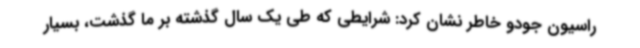
راسیون جودو خاطر نشان کرد: شرایطی که طی یک سال گذشته بر ما گذشت، بسیار